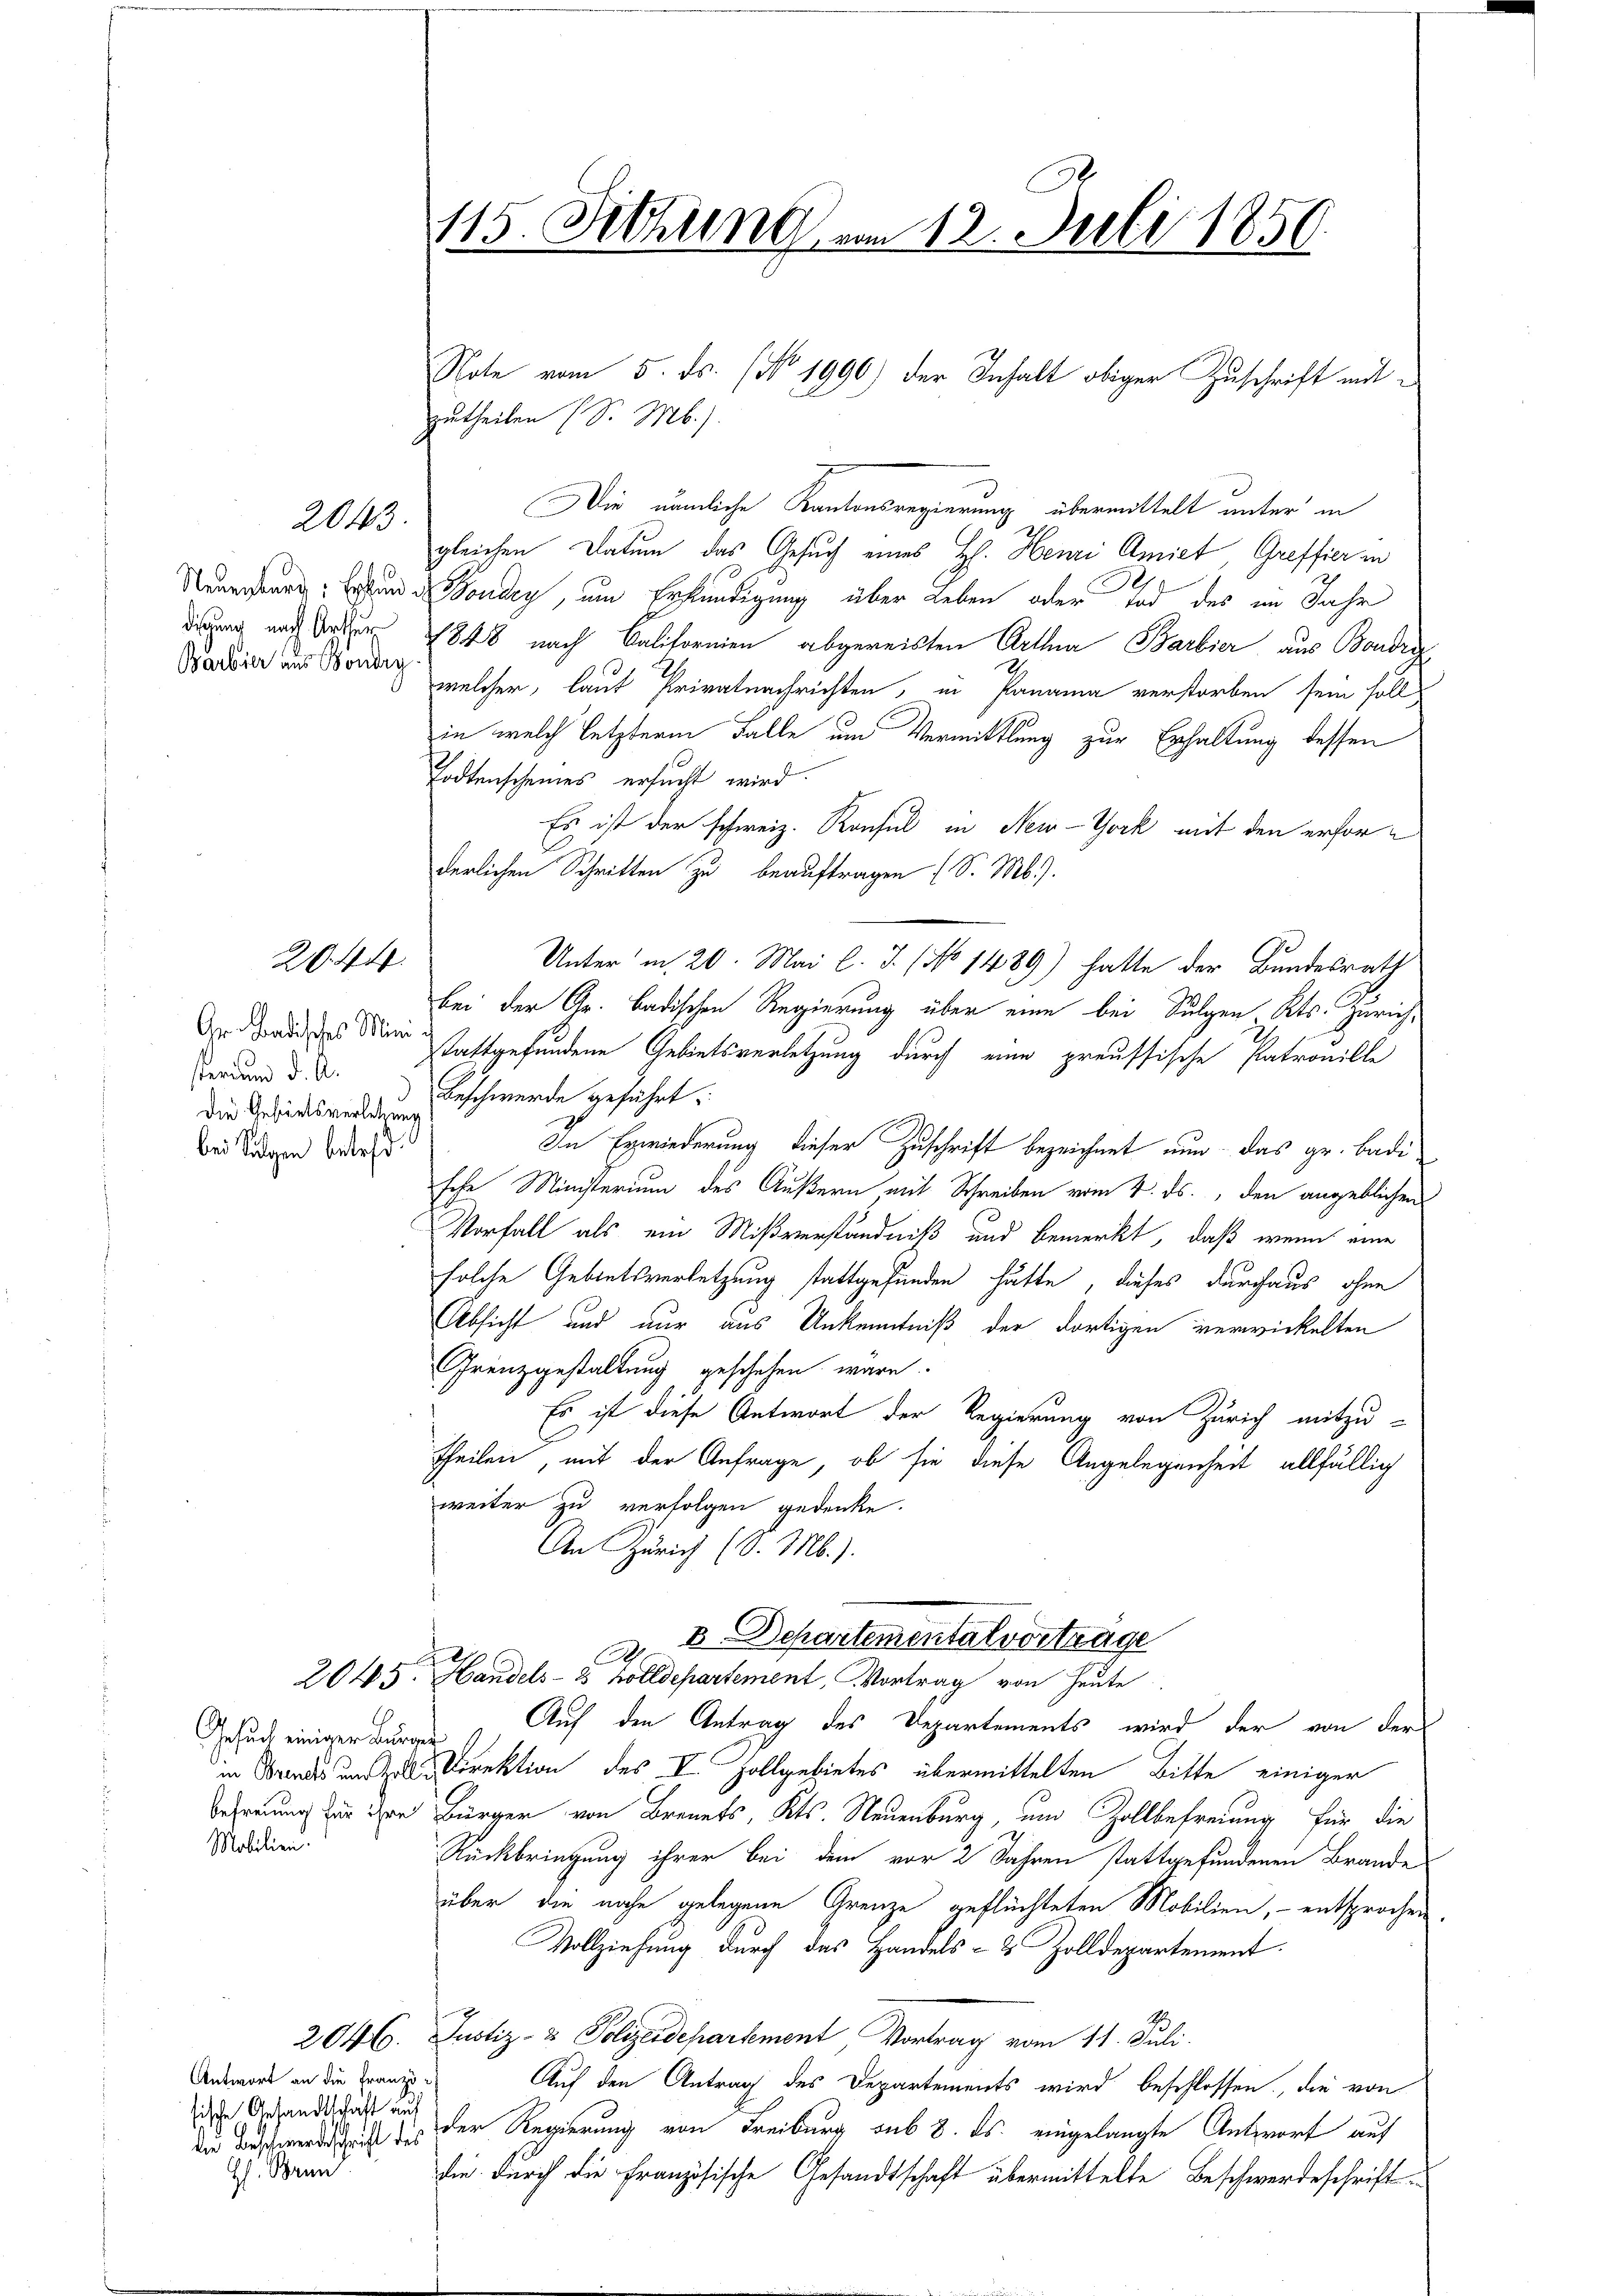
2043.

Barbier aus Bondry

20. 44

sterium d. A.
Die Gehirtsverletzung
bei Sulgen betreff

Gesuch einiger Burger
Mobilien.

Antwort an die Franz
hische Gesandtschaft auf
der Beschwendesricht des
H. Brun

115. Schling vom 12. Juli 1850

zutheilen (S. Mb.).
Die nämliche Kantonsregierung übermittelt unter in
gleichen Datum das Gesuch eines H. Henri Amiet, Greffier in
Nauerheure, und Sonder, um Erkundigung über Leben oder Tod des im Jahr
degg und Dauer 1848 nach Californien abgereisten Arthna Barbier aus Bondra
welcher, laut Privatnachrichten, in Panama verstorben sein soll
in welch letzterm Falle um Vermittlung zur Erhaltung dessen
Todtenscheines ersucht wird.
Es ist der schweiz. Konsul in New-York mit den erforderlichen Schritten zu beauftragen (S. Mb.).
Unter in 20. Mai l. J. (No 1489) hatte der Bundesrath
bei der Gr. Badischen Regierung über eine bei Sulgen Kts. Zürich,
 aus der stattgefundene Gebietsverletzung durch eine preussische Patronille
Beschwerde geführt:
In Erwiederung dieser Zuschrift bezeichnet nun das gr. Badi
sche Ministerium des Äußern mit Schreiben vom 4. ds., den angeblichen
Vorfall als ein Mißverständniß und bemerkt, daß wenn eine
solche Gebietsverletzung stattgefunden hätte, dieses durchaus ohne
Absicht und nur aus Unkenntniß der dortigen verwickelten
Grenzgestaltung geschehen wäre.
Es ist diese Antwort der Regierung von Zürich mitzu-
theilen, mit der Anfrage, ob sie diese Angelegenheit allfällig
weiter zu verfolgen gedenke.
An Zürich (S. M.).
A B Departementalvortrage
2045. Handels- 2 holldepartement, Vortrag von Heute
Auf den Antrag des Departements wird der von der
in Brandes und alle Direktion des V. Zollgebietes übermittelten Bitte einiger
  ihr Bürger von Bren, Kts. Neuenburg, und Zollbefreiung für die
Rückbringung ihrer bei dem vor 2 Jahren stattgefundenen Brande
über die nahe gelegene Grenze geflüchteten Mobilien, - entsprochen.
Vollziehung durch das Handels- & Zolldepartement.
2046. Justiz- & Polizeidepartement Vortrag vom 11. Juli.
Auf den Antrag des Departements wird beschlossen, die von
der Regierung von Freiburg sub 8. ds. eingelangte Antwort auf
die durch die Französische Gesandtschaft übermittelte Beschwerdeschrift¬

Note vom 5. ds. (No 1990) der Inhalt obiger Zuschrift mit